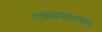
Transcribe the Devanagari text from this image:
एकसमानचाल